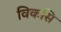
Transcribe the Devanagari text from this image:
विकसि